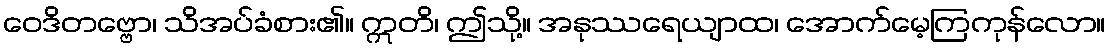
ဝေဒိတဗ္ဗော၊ သိအပ်ခံစား၏။ ဣတိ၊ ဤသို့။ အနုဿရေယျာထ၊ အောက်မေ့ကြကုန်လော။